Calcutta medical institutions reports 1892-1900
Year: 1892
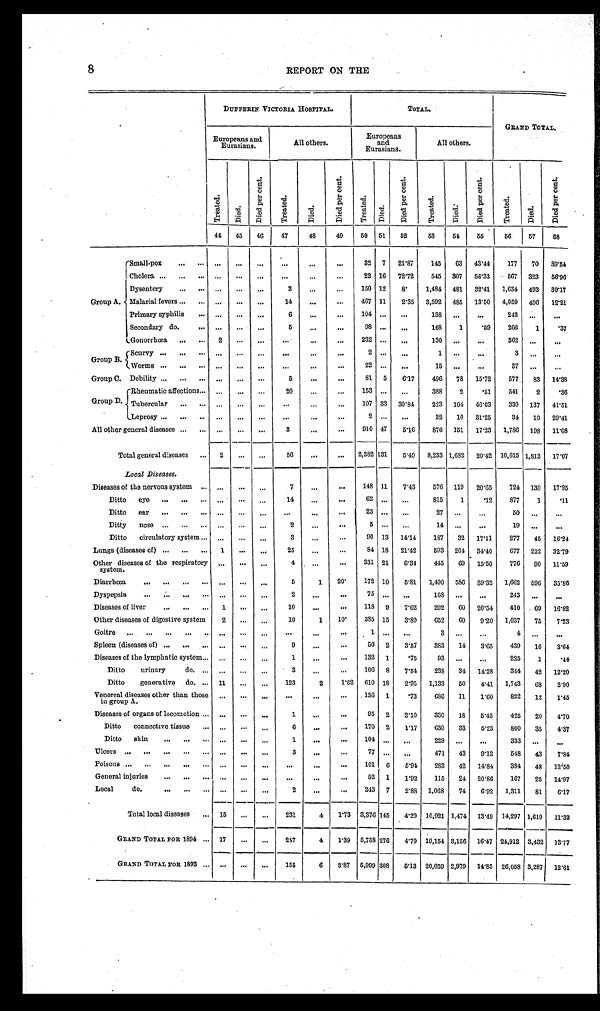
8
REPORT ON THE
DUFFERIN VICTORIA HOSPITAL.
T O T A L .
GRAND TOTAL.
Europeans and
Eurasians.
All others.
Europeans
and
Eurasians.
All others.
T r e a t e d .
Di e d .
D i e d p e r c e n t .
T r e a t e d .
D i e d .
D i e d p e r c e n t .
T r e a t e d .
Died.
D i e d p e r c e n t .
T r e a t e d .
D i e d .
D i e d p e r c e n t .
T r e a t e d .
D i e d .
D i e d p e r c e n t .
44
45
46
47
48
49
50 51
52
53
5 4
55
56
57
58
Group A.
Small-pox . . .
. . .
. . .
. . .
. . .
. . .
. . .
32
7
21.87
145
63 43.44
177
70 39.54
C h o l e r a . . .
. . .
. . .
. . .
. . .
. . .
. . .
22 16 72.72
545 307 56.33
567
323
56.96
Dysentery . . .
. . .
. . .
. . .
3
. . .
. . .
150 12
8.
1,484 481 32.41 1,634 493 30.17
Malarial fevers . . .
. . .
. . .
. . .
14
. . .
. . .
467 11
2.35 3,592 485 13.50 4,059 496
12.21
Primary syphilis . . .
. . .
. . .
. . .
6
. . .
. . .
104
. . .
. . .
138
. . .
. . .
242
. . .
. . .
Secondary do. . . .
. . .
. . .
. . .
5
. . .
. . .
98
. . . . . .
168
1
.59
266
1
.37
Gonorrhœa . . .
2
. . .
. . .
. . .
. . .
. . .
232
. . . . . .
130
. . .
. . .
362
. . .
. . .
Group B.
Scurvy . . .
. . .
. . .
. . .
. . .
. . .
. . .
2 . . .
. . .
1
. . .
. . .
3
. . .
. . .
Worms . . .
. . .
. . .
. . .
. . .
. . .
. . .
22
. . .
. . .
15
. . .
. . .
37
. . .
. . .
Group C. Debility . . .
. . .
. . .
. . .
5
. . .
. . .
81 5
6.17
496
78 15.72
577
83 14.38
Rheumatic affections . . .
. . .
. . .
. . .
20
. . .
. . .
153
. . .
. . . 388
2
.51
541
2
.36
Group D. Tubercular . . .
. . .
. . .
. . .
. . .
. . .
. . .
107 33 30.84
223 104
46. 63
330 137
41.51
Leprosy . . .
. . .
. . .
. . .
. . .
. . .
. . .
2
. . .
. . .
32
10
31.25
34
10
29.41
All other general diseases . . .
. . .
. . .
. . .
3
. . .
. . .
910 47
5.16
876 151 17.23 1,786 198 11.08
Total general diseases . . .
2
. . .
. . .
56
. . .
. . .
2,382 131
5.49
8,233 1,682 20.42 10,615 1,813 17.07
Local Diseases.
Diseases of the nervous system . . .
. . .
. . .
. . .
7
. . .
. . .
148 11
7.43
576 119
20.65
724 130
17.95
Ditto eye . . .
. . .
. . .
. . .
14
. . .
. . .
6 2 .
. . .
. . . 815
1
.12
877
1
.11
Ditto
ear . . .
. . .
. . .
. . .
. . .
. . .
. . .
23
. . .
. . .
27
. . .
. . .
50
. . .
. . .
Ditty nose . . . . . .
. . .
. . .
2
. . .
. . .
5
. . .
. . .
14
. . .
. . .
19
. . .
. . .
Ditto circulatory system . . .
. . .
. . .
. . .
3
. . .
. . .
90 13 14.14
187
32 17.11
277
45 16.24
Lungs (diseases of) . . .
1
. . .
. . .
25
. . .
. . .
84 18 21.42
593 204 34.40
677 222 32.79
Other diseases of the respiratory
system.
. . .
. . .
. . .
4
. . .
. . .
331 21
6.34
445
69
15.50
776
90
11.59
Diarrhœa . . .
. . .
. . .
. . .
5
1
2 0 .
172 10
5.81
1,490 586 39.32 1,662 596 35.86
Dyspepsia . . .
. . .
. . .
. . .
2
. . .
. . .
75
. . .
. . . 168
. . .
. . .
243
. . .
. . .
Diseases of liver . . . 1
. . .
. . .
10
. . .
. . .
118 9
7.62
292
60 20.54
410 69 16.82
Other diseases of digestive system
2
. . .
. . .
10
1
1 0 .
385 15
3.89
652
60
9.20 1,037
75
7.23
G o i t r e . . .
. . . . . .
. . .
. . .
. . .
. . .
1
. . .
. . .
3
. . .
. . .
4
. . .
. . .
Spleen (diseases of) . . .
. . .
. . .
. . .
9
. . .
. . .
56 2
3.57
383
14
3.65
439
16
3.64
Diseases of the lymphatic system . . .
. . .
. . .
. . .
1
. . .
. . .
132 1
.75
93
. . .
. . .
225
1
.44
Di t t o ur i nar y do. . . .
. . . . . .
. . .
3 . . .
. . .
106 8
7.54
238
34 14.28
344
42 12.20
Ditto generative do. . . . 11
. . .
. . .
123
2
1.62 610 18
2.95 1,133
50
4.41 1,743
68
3.90
Venereal diseases other than those
in group A.
. . .
. . .
. . .
. . .
. . .
. . .
136 1
.73
686
11
1.60
822
12
1.45
Diseases of organs of locomotion . . .
. . .
. . .
. . .
1
. . .
. . .
95 2
2.10
330
18
5.45
425
20
4.70
Ditto connective tissue . . .
. . .
. . .
. . .
6
. . .
. . .
170 2
1.17
630
33
5.23
800
35
4.37
Ditto skin . . .
. . .
. . .
. . .
1
. . .
. . .
104
. . .
. . . 229
. . .
. . .
333
. . .
. . .
Ulcers . . .
. . .
. . . . . .
3
. . .
. . .
77
. . .
. . .
471
43
9.12
548
43
7.84
Poisons . . .
. . .
. . . . . .
. . .
. . .
. . .
101
6
5.94
283
42 14.84
384
48 12.50
General injuries . . .
. . .
. . .
. . .
. . .
. . .
. . .
52 1
1.92
115
24 20.86
167
25 14.97
Local do. . . .
. . .
. . .
. . .
2
. . .
. . .
243 7
2.88 1,068
74
6.92
1,311
81
6.17
Total local diseases . . . 15
. . .
. . .
231
4
1.73 3,376 145 4.29 10,921 1,474 13.49 14,297 1,619 11.32
GRAND TOTAL FOR 1894 . . . 17
. . . . . .
287
4
1.39 5,758 276
4.79 19,154 3,156 16.47 24,912 3,432 13.77
GRAND TOTAL FOR 1893 . . . . . .
. . .
. . .
155
6
3.87 5,999 308
5.13 20,059 2,979 14.85 26,058 3,287 12.61